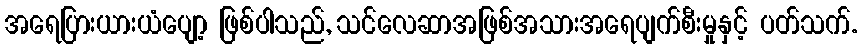
အရေပြားယားယံပျော့ ဖြစ်ပါသည်, သင်လေဆာအဖြစ်အသားအရေပျက်စီးမှုနှင့် ပတ်သက်.